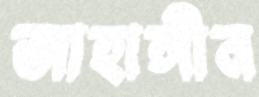
জাহাঙ্গীন